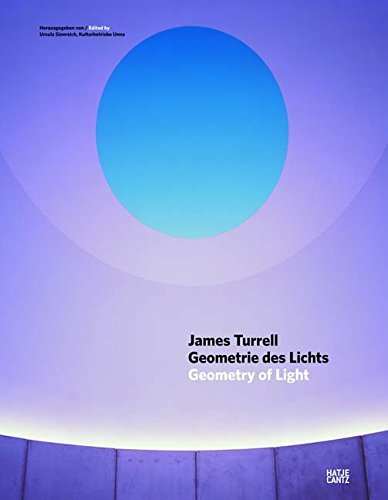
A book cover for James Turrell: Geometry of Light; Gernot Bohme; Arts & Photography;